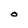
Character: O